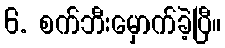
6. စက်ဘီးမှောက်ခဲ့ပြီ။